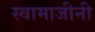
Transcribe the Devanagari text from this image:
स्वामाजीनी